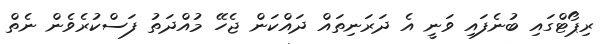
ރިޕޯޓްގައި ބުނެފައި ވަނީ އެ ދަރަނިތައް ދައްކަން ޖެހޭ މުއްދަތު ފަސްކުރެވެން ނެތް